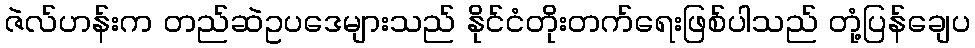
ဇဲလ်ဟန်းက တည်ဆဲဥပဒေများသည် နိုင်ငံတိုးတက်ရေးဖြစ်ပါသည် တုံ့ပြန်ချေပ